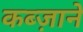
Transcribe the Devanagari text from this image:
कब्ज़ाने